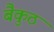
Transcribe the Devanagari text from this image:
बैकुठ